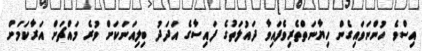
އިސްވެ ހުންނަވައިގެން ހިޔާނަތްތެރިވެފައިވާ ދައުލަތުގެ ފައިސާގެ އަދަދު ބިލިއަނަކަށް ވުރެ މައްޗަށް އަރާކަމަށް